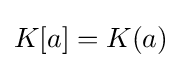
K[a]=K(a)